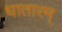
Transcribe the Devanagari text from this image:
धातारम्